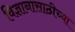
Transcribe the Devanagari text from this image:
विज्ञानासाठीच्या